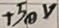
Text: +50V